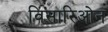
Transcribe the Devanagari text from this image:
विसारिओन